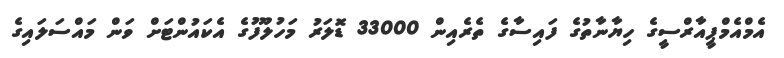
އެމްއެމްޕީއާރްސީގެ ހިޔާނާތުގެ ފައިސާގެ ތެރެއިން 33000 ޑޮލަރު މަހުލޫފުގެ އެކައުންޓަށް ވަން މައްސަލައިގެ